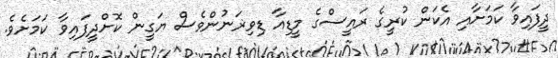
ދީފައިވާ ކަމަށާއި އެކަން ކުރީގެ ރައީސްގެ މީޑިއާ ޑިވިޜަނުންވެސް ޔަގީން ކޮށްދީފައިވާ ކަމަށެވެ.